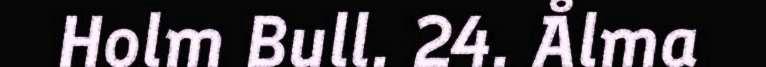
Holm Bull. 24. Ålma